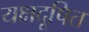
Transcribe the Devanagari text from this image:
यक्षदूषित